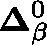
\mathbf { \Delta } _ { \beta } ^ { 0 }